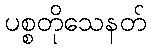
ပစ္စတိုသေနတ်